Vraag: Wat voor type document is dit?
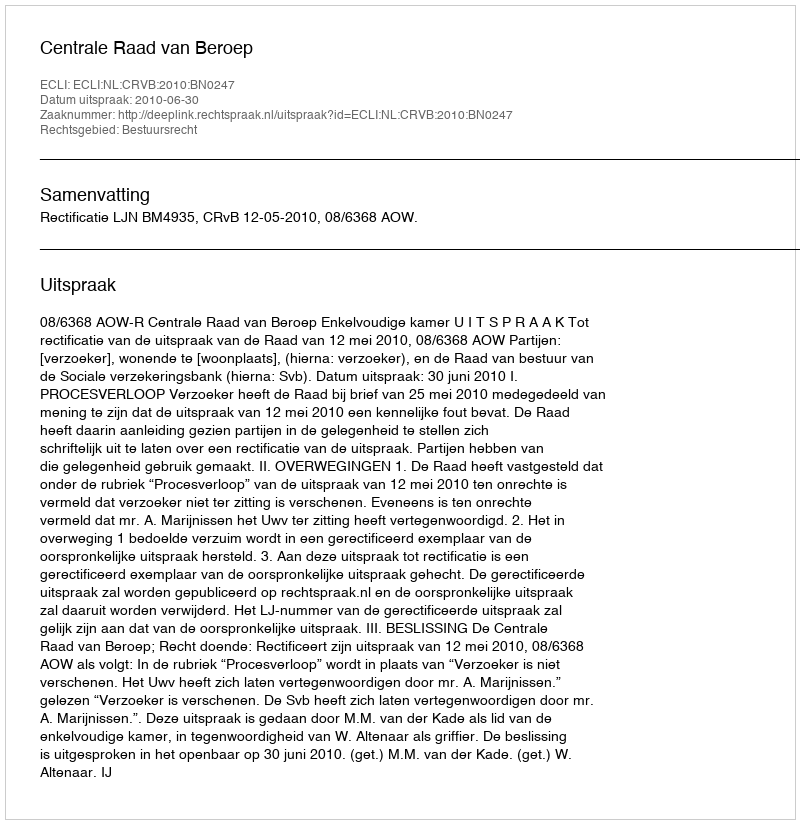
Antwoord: Uitspraak